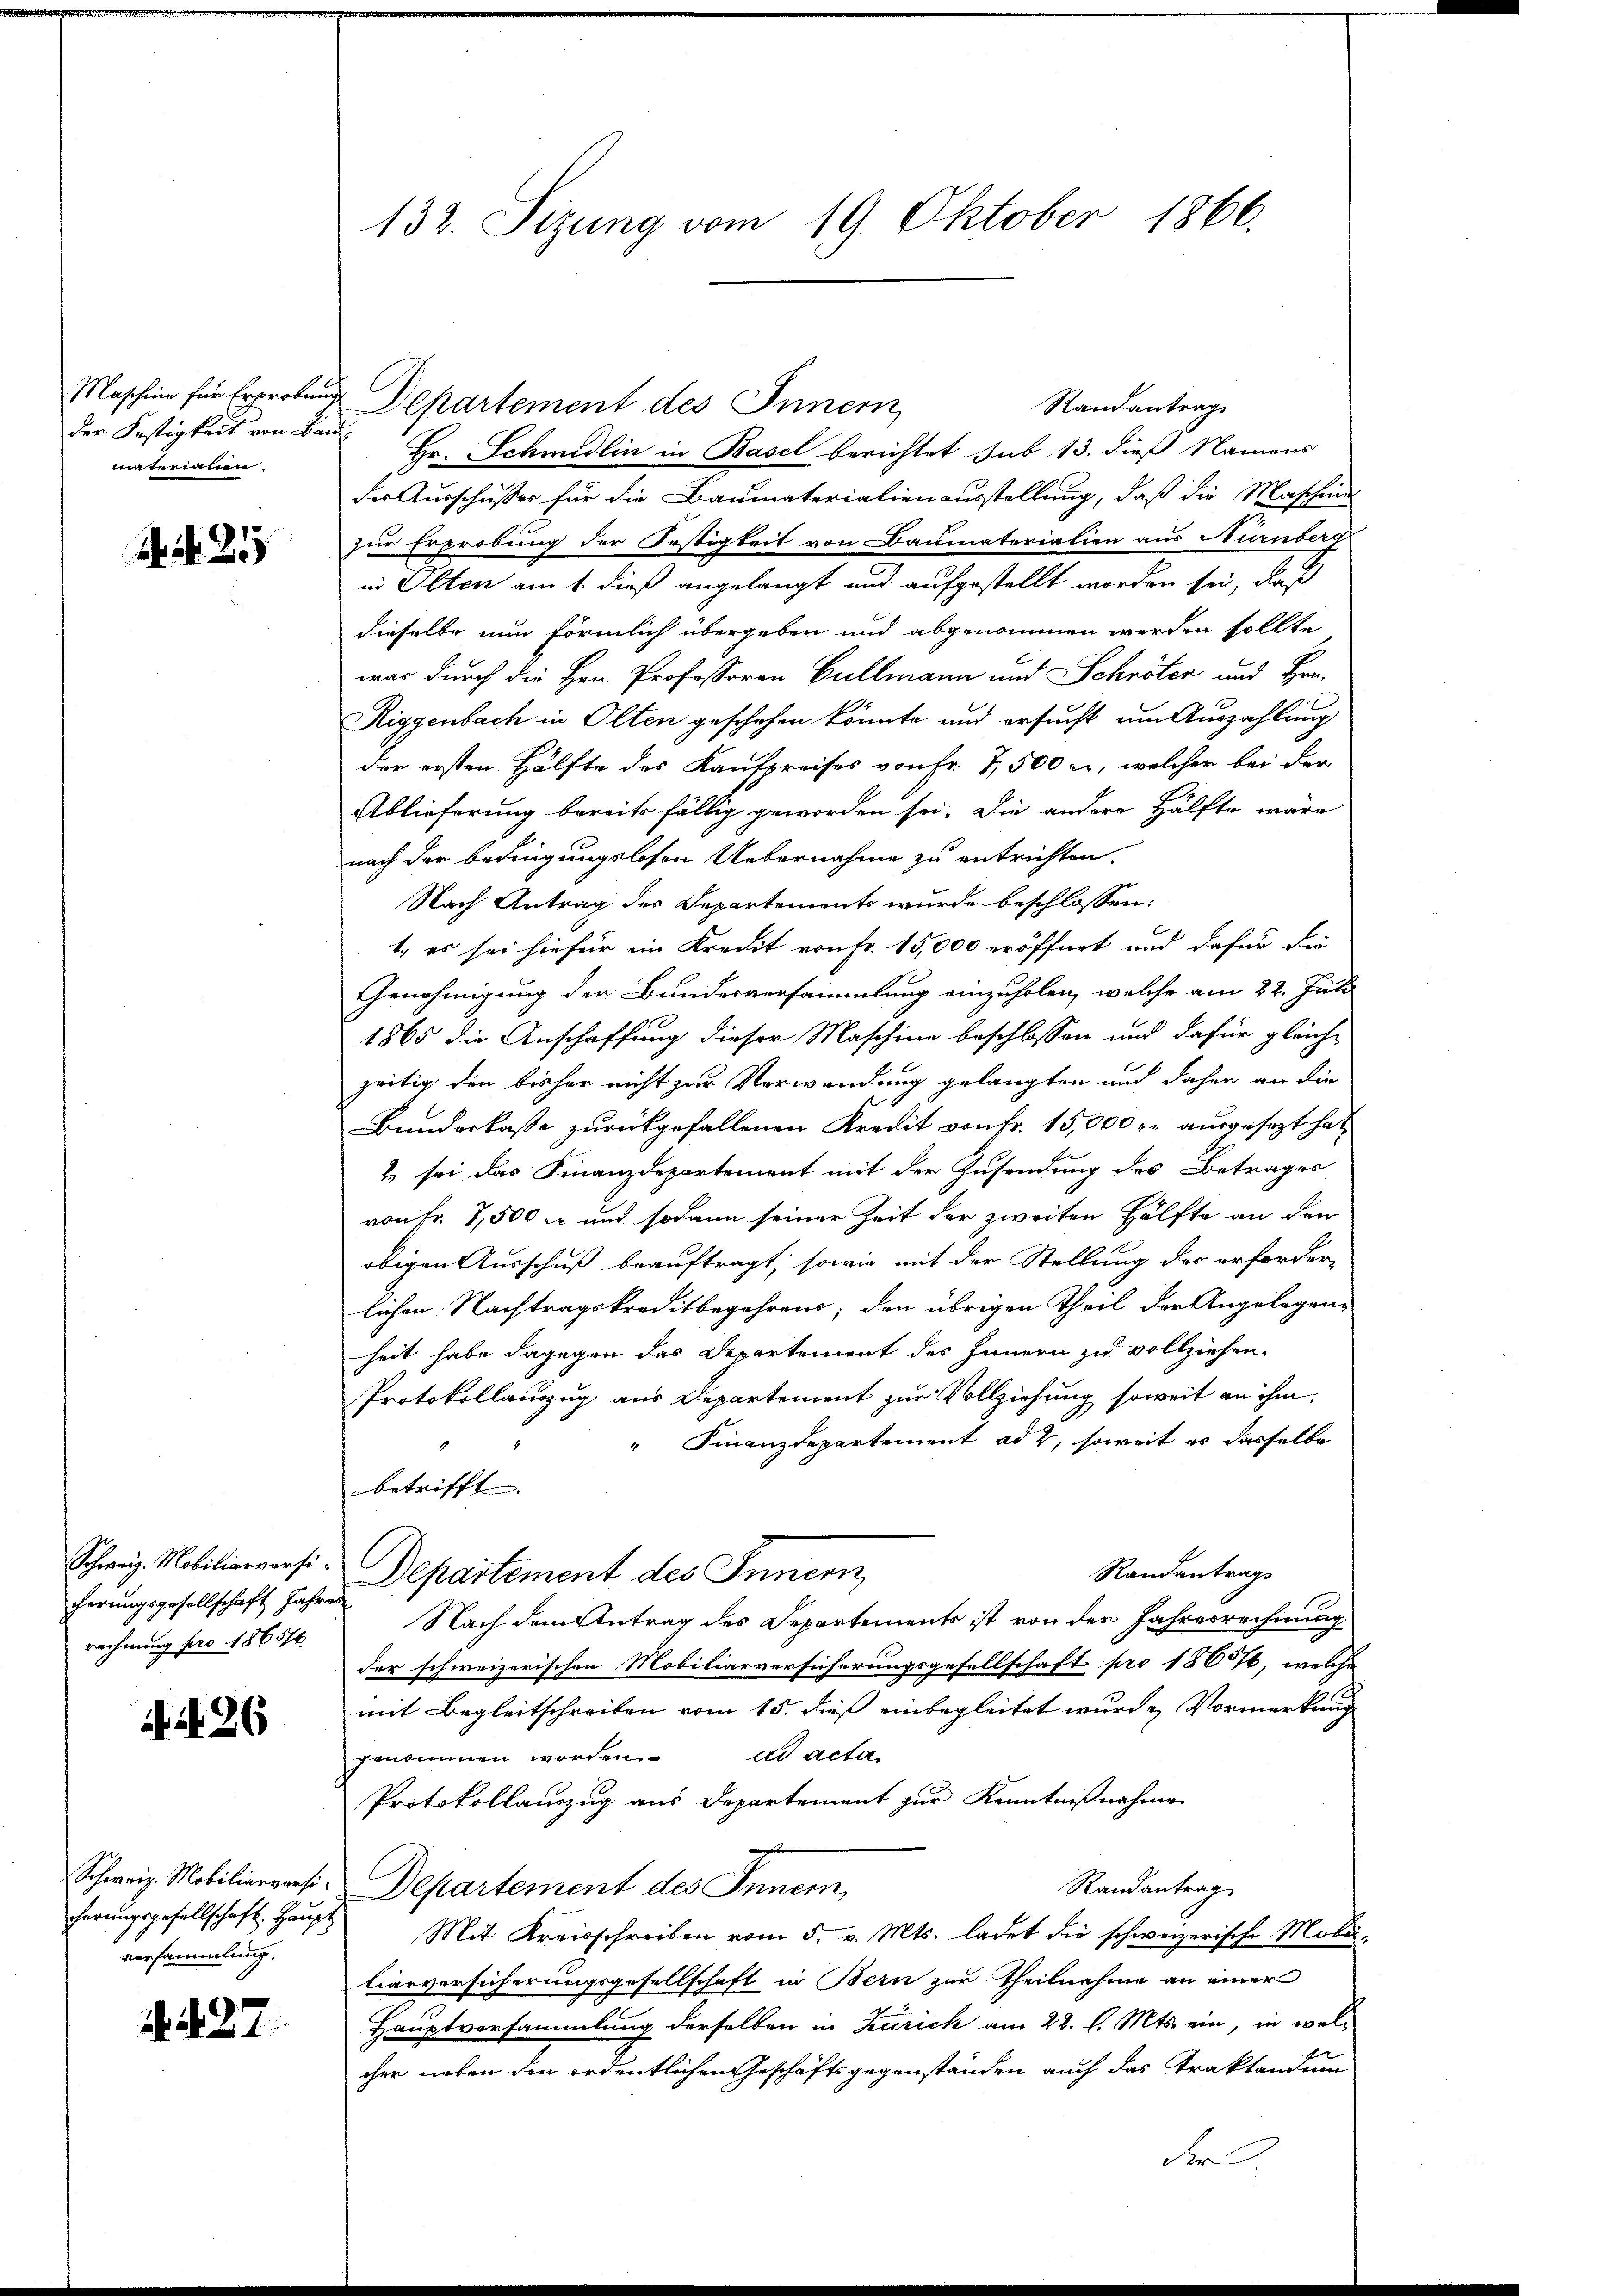
Maschine für Erproben
der Festigkeit von Bamaterialien.

S. Nr. 255

Schweiz. Mobiliarversicherungsgesellschaft Jahre
rechnung pro 1865/6.

26

Schweiz. Mobiliarversicherungsgesellschaft. Haupt
versammlung.

. 27.

132. Sizung vom 19. Oktober 1866.

.
Departement des Innern
Randantrag
Hr. Schmidlin in Basel berichtet sub 13. dieß Namens
der Ausschusser für die Baumaterialienausstellung, daß die Maschines
zur Erprobung der Festigkeit von Baumaterialien aus Nürnberg
in Olten am 1. dieß angelangt und aufgestellt worden sei, daß
dieselbe nun förmlich übergeben und abgenommen werden sollte
was durch die Hrn. Professoren Gullmann und Schröter und Hrn.
Riggenbach in Olten geschehen könnte und ersucht um Auszahlung
der ersten Hälfte des Kaufpreises von Fr. 7,500 u., welcher bei der
Ablieferung bereits fällig geworden sei. Die andere Hälfte wäre
nach der Bedingungslosen Uebernahme zu entrichten.
Nach Antrag des Departemonts wurde beschlossen:
1. es sei hiefür ein Kredit von Fr. 15,000 eröffnet und dafür die
Genehmigung der Bundesversammlung einzuholen, welche am 22. Juli
1865 die Anschaffung dieser Maschine beschlossen und dafür gleiche
zeitig den bisher nicht zur Verwendung gelangten und daher an die
Bunderlasse zurückgefallenen Kredit von Fr. 15,000 r. ausgesezt hat
& sei das Finanzdepartement mit der Zusendung des Betrages
von Fr. 7,500 n und sodann seiner Zeit der zweiten Hälfte an den
obigen Ausschuß beauftragt, sowie mit der Stellung des erforder-
lichen Nachtragskreditbegehrens, den übrigen Theil der Angelegenheit habe dagegen das Departement des Innern zu vollziehen.
Protokollauszug aus Departement zur Vollziehung soweit an ihm
" Finanzdepartement ad 2, soweit es dasselbe
betrifft. |
Randantrags
Departement des Innern,
f
Nach dem Antrag des Departements ist von der Jahresrechnung
der schweizerischen Mobiliarversicherungsgesellschaft pro 180576, welche
mit Begleitschreiben vom 15. dieß einbegleitet wurde Vormerkung
dd acta
genommen worden.
Protokollauszug aus Departement zur Kenntnißnahme
7
Randantrag
Departement des Innern,
Mit Kreisschreiben vom 5. v. Mts. ladet die schweizerische Mobi-
liarversicherungsgesellschaft in Bern zur Theilnahme an einer
Hauptversammlung derselben in Zürich am 22. l. Mts. ein, in wel-
cher neben den ordentlichen Geschäftsgegenständen auch das Traktandum